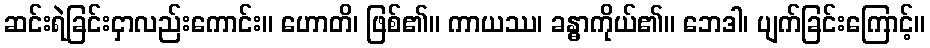
ဆင်းရဲခြင်းငှာလည်းကောင်း။ ဟောတိ၊ ဖြစ်၏။ ကာယဿ၊ ခန္ဓာကိုယ်၏။ ဘေဒါ၊ ပျက်ခြင်းကြောင့်။